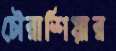
চৌরাশিয়ার